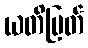
ယတိပြတ်